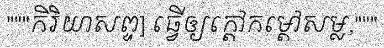
"""កិរិយាសព្ទ] ធ្វើឲ្យក្តៅកម្តៅសម្ល,"""